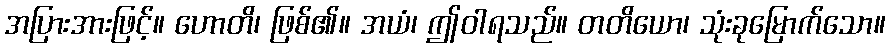
အပြားအားဖြင့်။ ဟောတိ၊ ဖြစ်၏။ အယံ၊ ဤဝါရသည်။ တတိယော၊ သုံးခုမြောက်သော။